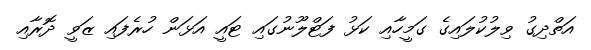
އަތްދިގު ވިލުކުލައިގެ ގަމީހާއި ކަޅު ފަޓްލޫނުގައި ޓައީ އަޅަން ހުރެފައި ޒަވީ ދޮރާއި